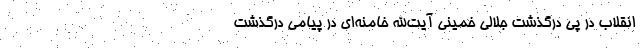
انقلاب در پی درگذشت جلالی خمینی آیت‌الله خامنه‌ای در پیامی درگذشت